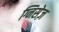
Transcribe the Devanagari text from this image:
ग्निसेज़